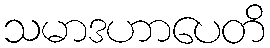
သမာဒဟာပေတိ